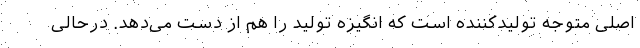
اصلی متوجه تولیدکننده است که انگیزه تولید را هم از دست می‌دهد. درحالی